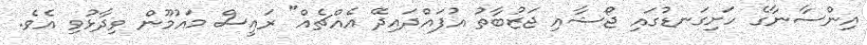
އިންސާނާގެ ހަށިގަނޑުގައި ޖޯޝާއި ޖަޒުބާތު އުފައްދައިދޭ އެއްޗެއް" ރައީސް މައުމޫން ވިދާޅުވި އެވެ.